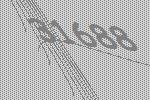
31688